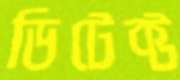
ডিটেক্ট